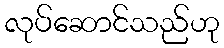
လုပ်ဆောင်သည်ဟု